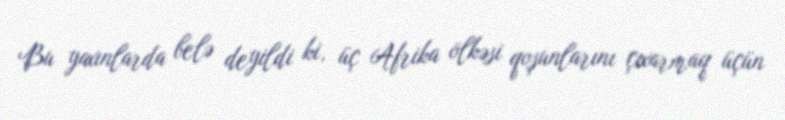
Bu yaxınlarda belə deyildi ki, üç Afrika ölkəsi qoşunlarını çıxarmaq üçün